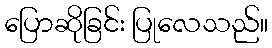
ပြောဆိုခြင်း ပြုလေသည်။